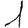
Digit: 1